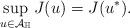
LaTeX: \begin{align*} \sup_{u \in \mathcal{A}_{\mathbb{H}}}J(u) = J(u^{\ast}).\end{align*}